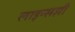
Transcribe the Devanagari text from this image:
लाइन्सशी